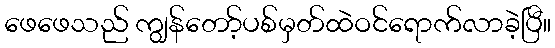
ဖေဖေသည် ကျွန်တော့်ပစ်မှတ်ထဲဝင်ရောက်လာခဲ့ပြီ။